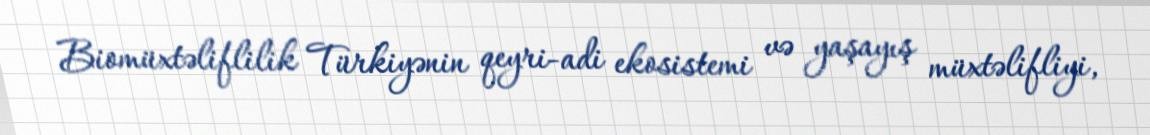
Biomüxtəliflilik Türkiyənin qeyri-adi ekosistemi və yaşayış müxtəlifliyi,